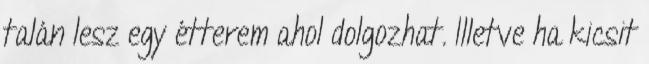
talán lesz egy étterem ahol dolgozhat. Illetve ha kicsit